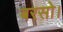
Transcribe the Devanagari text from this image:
बरसो।